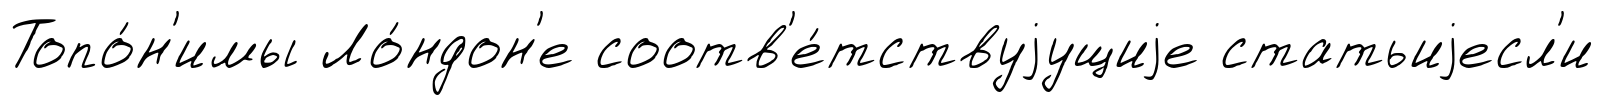
Топо́н'имы Ло́ндон'е соотв'е́тствуjущиjе статьиjесл'и